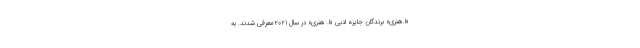
«اُ.هِنری» برندگان جایزه ادبی «اُ. هنری» در سال ۲۰۲۱معرفی شدند. به